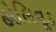
હોલિવૂડ